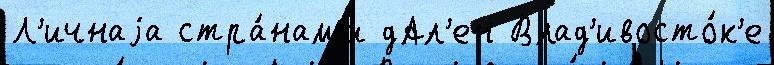
Л'ичнаjа стра́нам'и дАл'ен Влад'ивосто́к'е